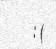
: (